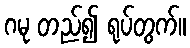
ဂမု တည်၍ ရုပ်တွက်။